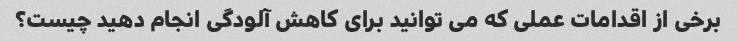
برخی از اقدامات عملی که می توانید برای کاهش آلودگی انجام دهید چیست؟